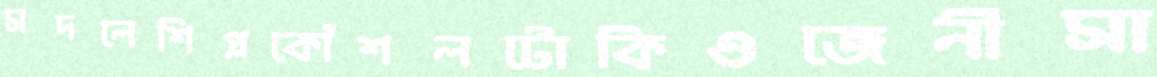
সদলেশিপ্লকৌশলটোকিওজেনীসা